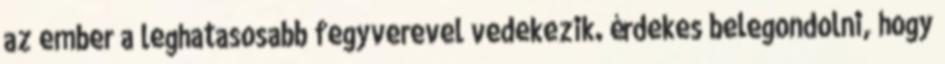
az ember a leghatasosabb fegyverevel vedekezik. érdekes belegondolni, hogy